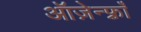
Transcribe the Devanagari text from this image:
ऑज़ेन्फ़्राँ